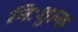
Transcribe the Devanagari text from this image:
निःशुल्‍क